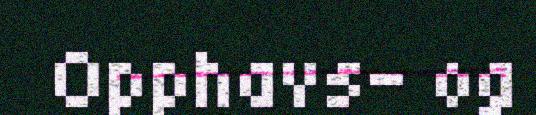
Opphavs- og